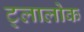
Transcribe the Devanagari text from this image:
ट्लालोक